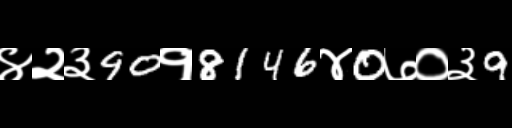
Text: ४२३90१8146४0७०३9